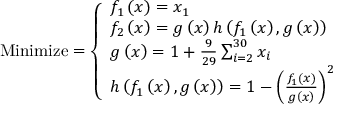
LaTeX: { \mathrm { M i n i m i z e } } = { \left\{ \begin{array} { l l } { f _ { 1 } \left( { \boldsymbol { x } } \right) = x _ { 1 } } \\ { f _ { 2 } \left( { \boldsymbol { x } } \right) = g \left( { \boldsymbol { x } } \right) h \left( f _ { 1 } \left( { \boldsymbol { x } } \right) , g \left( { \boldsymbol { x } } \right) \right) } \\ { g \left( { \boldsymbol { x } } \right) = 1 + { \frac { 9 } { 2 9 } } \sum _ { i = 2 } ^ { 3 0 } x _ { i } } \\ { h \left( f _ { 1 } \left( { \boldsymbol { x } } \right) , g \left( { \boldsymbol { x } } \right) \right) = 1 - \left( { \frac { f _ { 1 } \left( { \boldsymbol { x } } \right) } { g \left( { \boldsymbol { x } } \right) } } \right) ^ { 2 } } \end{array} \right. }